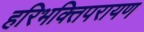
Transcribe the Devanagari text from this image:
हरिभक्तिपरायण